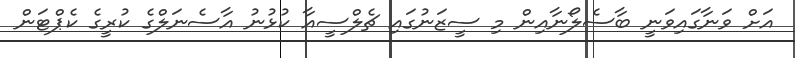
އަށް ވަނާގައިވަނީ ބާސެލޯނާއިން މި ސީޒަނުގައި ޗެލްސީއާ ކުޅުނު އާސެނަލްގެ ކުރީގެ ކެޕްޓަން